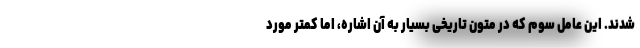
شدند. این عامل سوم که در متون تاریخی بسیار به آن اشاره، اما کمتر مورد